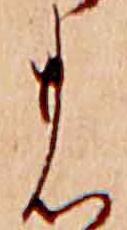
の